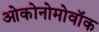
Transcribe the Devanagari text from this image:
ओकोनोमोवॉक